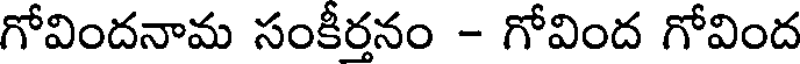
గోవిందనామ సంకీరనం - గోవింద గోవింద